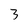
Character: 3